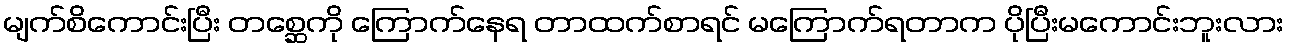
မျက်စိကောင်းပြီး တစ္ဆေကို ကြောက်နေရ တာထက်စာရင် မကြောက်ရတာက ပိုပြီးမကောင်းဘူးလား